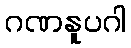
ဂဏနူပဂါ